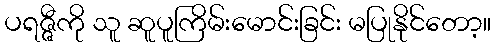
ပရဇ္ဇီကို သူ ဆူပူကြိမ်းမောင်းခြင်း မပြုနိုင်တော့။